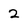
Character: 2